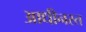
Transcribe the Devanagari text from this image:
आधीनस्त